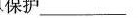
保护___